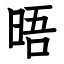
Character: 晤